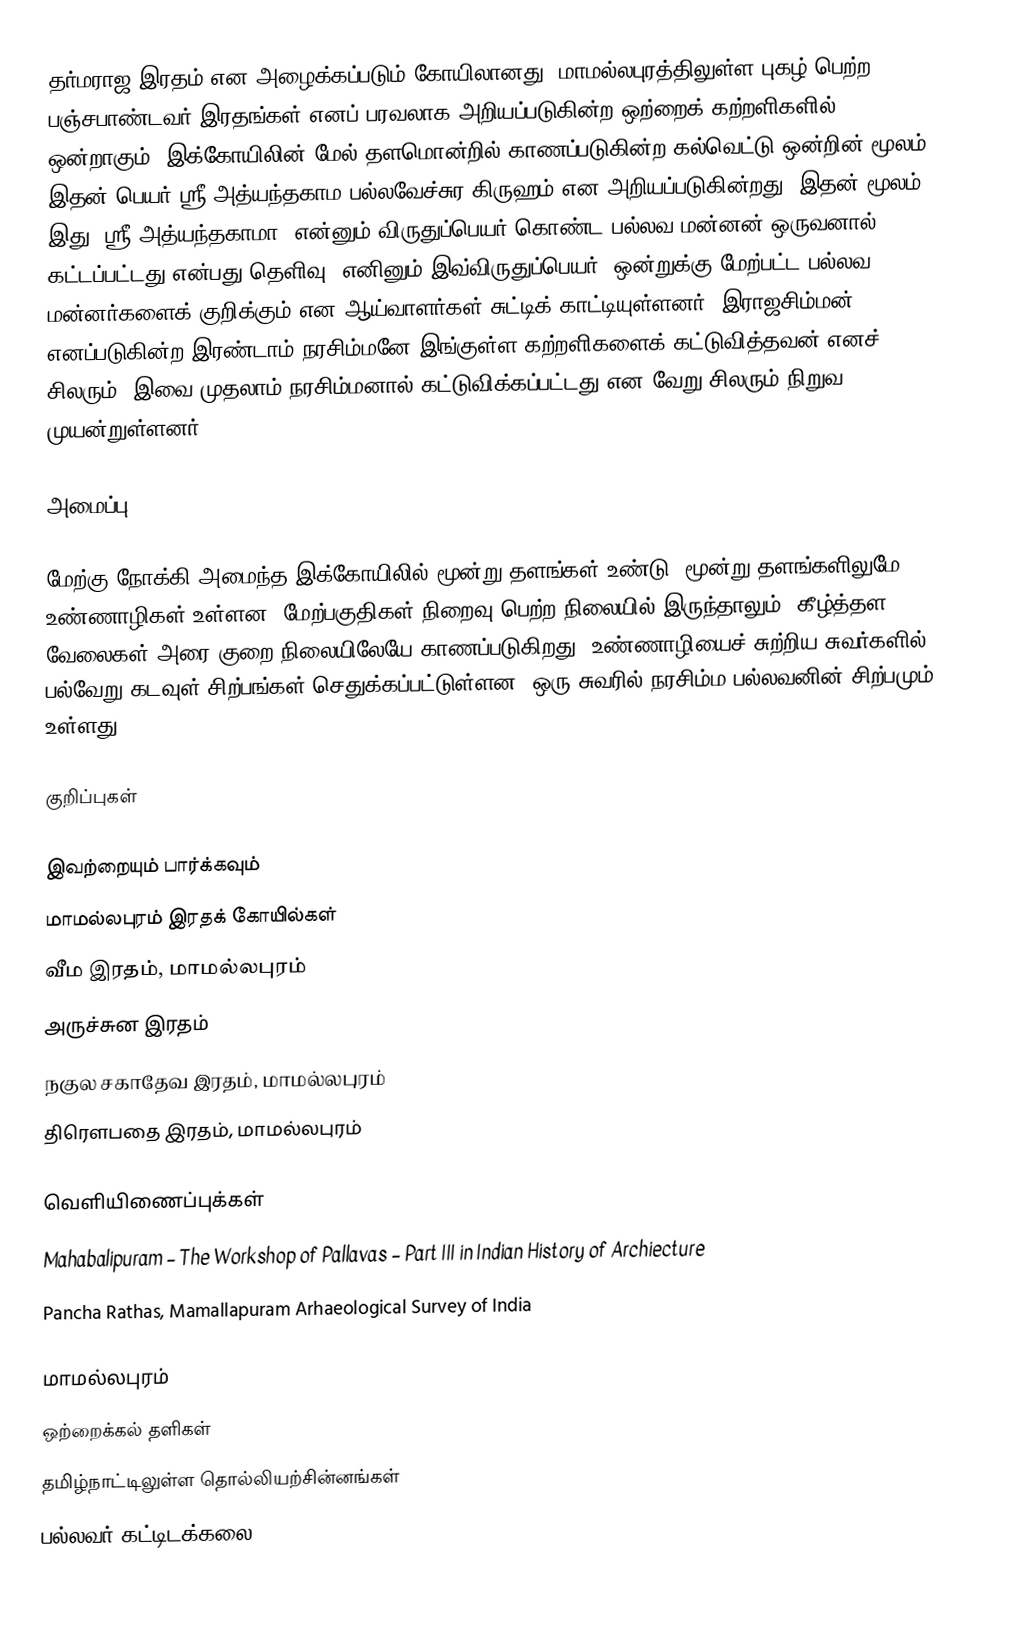
தர்மராஜ இரதம் என அழைக்கப்படும் கோயிலானது, மாமல்லபுரத்திலுள்ள புகழ் பெற்ற பஞ்சபாண்டவர் இரதங்கள் எனப் பரவலாக அறியப்படுகின்ற ஒற்றைக் கற்றளிகளில் ஒன்றாகும். இக்கோயிலின் மேல் தளமொன்றில் காணப்படுகின்ற கல்வெட்டு ஒன்றின் மூலம் இதன் பெயர் ஸ்ரீ அத்யந்தகாம பல்லவேச்சுர கிருஹம் என அறியப்படுகின்றது. இதன் மூலம் இது "ஸ்ரீ அத்யந்தகாமா" என்னும் விருதுப்பெயர் கொண்ட பல்லவ மன்னன் ஒருவனால் கட்டப்பட்டது என்பது தெளிவு. எனினும் இவ்விருதுப்பெயர், ஒன்றுக்கு மேற்பட்ட பல்லவ மன்னர்களைக் குறிக்கும் என ஆய்வாளர்கள் சுட்டிக் காட்டியுள்ளனர். இராஜசிம்மன் எனப்படுகின்ற இரண்டாம் நரசிம்மனே இங்குள்ள கற்றளிகளைக் கட்டுவித்தவன் எனச் சிலரும், இவை முதலாம் நரசிம்மனால் கட்டுவிக்கப்பட்டது என வேறு சிலரும் நிறுவ முயன்றுள்ளனர்.

அமைப்பு

மேற்கு நோக்கி அமைந்த இக்கோயிலில் மூன்று தளங்கள் உண்டு. மூன்று தளங்களிலுமே உண்ணாழிகள் உள்ளன. மேற்பகுதிகள் நிறைவு பெற்ற நிலையில் இருந்தாலும், கீழ்த்தள வேலைகள் அரை குறை நிலையிலேயே காணப்படுகிறது. உண்ணாழியைச் சுற்றிய சுவர்களில் பல்வேறு கடவுள் சிற்பங்கள் செதுக்கப்பட்டுள்ளன. ஒரு சுவரில் நரசிம்ம பல்லவனின் சிற்பமும் உள்ளது.

குறிப்புகள்

இவற்றையும் பார்க்கவும்
 மாமல்லபுரம் இரதக் கோயில்கள்
 வீம இரதம், மாமல்லபுரம்
 அருச்சுன இரதம்
 நகுல சகாதேவ இரதம், மாமல்லபுரம்
 திரௌபதை இரதம், மாமல்லபுரம்

வெளியிணைப்புக்கள்
 Mahabalipuram – The Workshop of Pallavas – Part III in Indian History of Archiecture
 Pancha Rathas, Mamallapuram Arhaeological Survey of India

மாமல்லபுரம்
ஒற்றைக்கல் தளிகள்
தமிழ்நாட்டிலுள்ள தொல்லியற்சின்னங்கள்
பல்லவர் கட்டிடக்கலை